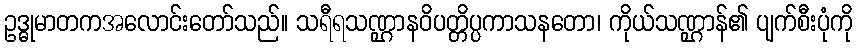
ဥဒ္ဓုမာတကအလောင်းတော်သည်။ သရီရသဏ္ဌာနဝိပတ္တိပ္ပကာသနတော၊ ကိုယ်သဏ္ဌာန်၏ ပျက်စီးပုံကို